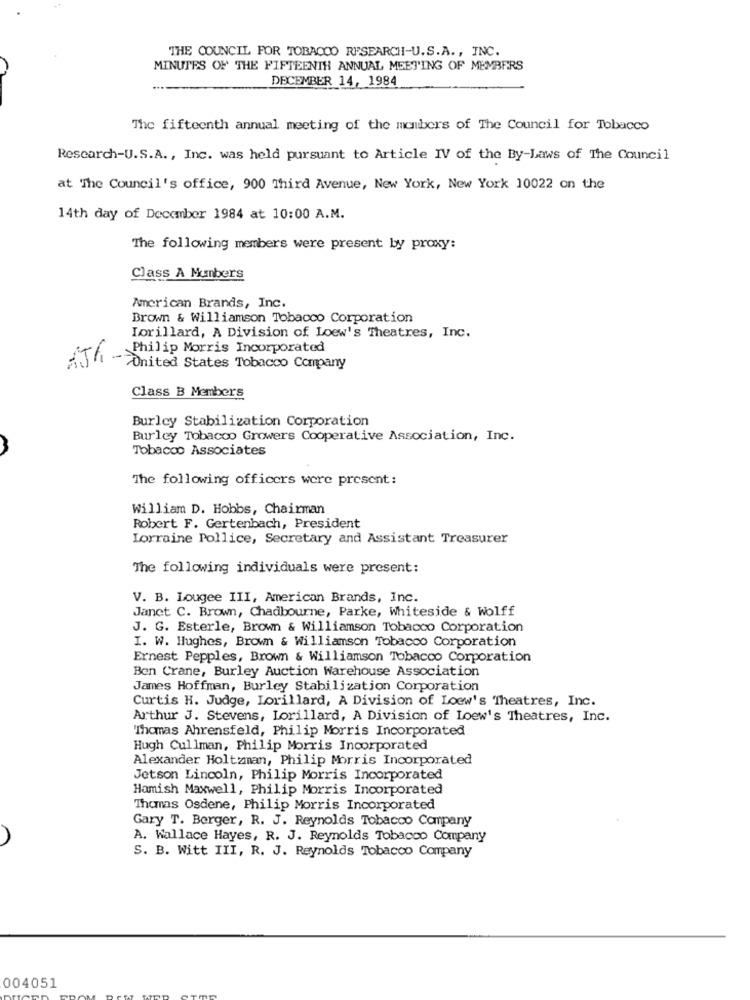
THE COUNCIL FOR TOBACCO RESEARCH-U.S.A ., INC.
MINUTES OF THE FIFTEENTH ANNUAL MEETING OF MEMBERS
DECEMBER 14, 1984
The fifteenth annual meeting of the members of The Council for Tobacco
Research-U.S.A ., Inc. was held pursuant to Article IV of the By-Laws of The Council
at The Council's office, 900 Third Avenue, New York, New York 10022 on the
14th day of December 1984 at 10:00 A.M.
The following members were present by proxy:
Class A Mumbers
American Brands, Inc.
Brown & Williamson Tobacco Corporation
Lorillard, A Division of Loew's Theatres, Inc.
Philip Morris Incorporated
h -
United States Tobacco Company
Class B Members
Burley Stabilization Corporation
Burley Tobacco Growers Cooperative Association, Inc.
Tobacco Associates
The following officers were present:
William D. Hobbs, Chairman
Robert F. Gertenbach, President
Lorraine Pollice, Secretary and Assistant Treasurer
The following individuals were present:
V. B. Lougee III, American Brands, Inc.
Janet C. Brown, Chadbourne, Parke, Whiteside & Wolff
J. G. Esterle, Brown & Williamson Tobacco Corporation
I. W. Hughes, Brown & Williamson Tobacco Corporation
Ernest Pepples, Brown & Williamson Tobacco Corporation
Ben Crane, Burley Auction Warehouse Association
James Hoffman, Burley Stabilization Corporation
Curtis H. Judge, Lorillard, A Division of Loew's Theatres, Inc.
Arthur J. Stevens, Lorillard, A Division of Loew's Theatres, Inc.
Thomas Ahrensfeld, Philip Morris Incorporated
Hugh Cullman, Philip Morris Incorporated
Alexander Holtzman, Philip Morris Incorporated
Jetson Lincoln, Philip Morris Incorporated
Hamish Maxwell, Philip Morris Incorporated
Thomas Osdene, Philip Morris Incorporated
Gary T. Berger, R. J. Reynolds Tobacco Company
A. Wallace Hayes, R. J. Reynolds Tobacco Company
S. B. Witt III, R. J. Reynolds Tobacco Company
004051